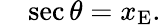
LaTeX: \quad\sec\theta=x_{\mathrm{E}}.